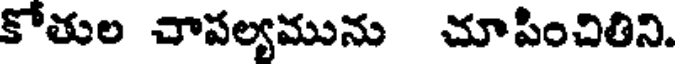
కోతుల చాపల్యమును చూపించితిని.